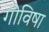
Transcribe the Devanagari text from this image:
गोविषा